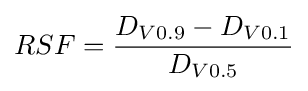
{RSF}={\frac {D_{V0.9}-D_{V0.1}}{D_{V0.5}}}